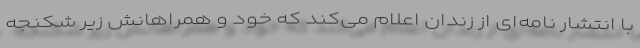
با انتشار نامه‌ای از زندان اعلام می‌کند که خود و همراهانش زیر شکنجه